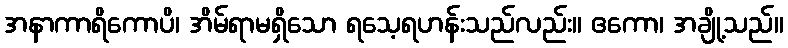
အနာကာရိကောပိ၊ အိမ်ရာမရှိသော ရသေ့ရဟန်းသည်လည်း။ ဧကော၊ အချို့သည်။